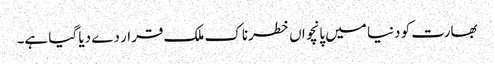
بھارت کو دنیا میں پانچواں خطرناک ملک قرار دے دیا گیا ہے۔